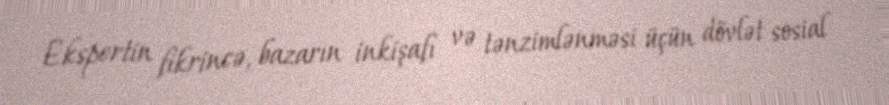
Ekspertin fikrincə, bazarın inkişafı və tənzimlənməsi üçün dövlət sosial